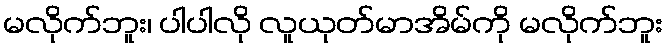
မလိုက်ဘူး၊ ပါပါလို လူယုတ်မာအိမ်ကို မလိုက်ဘူး